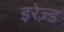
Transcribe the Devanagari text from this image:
इरेज़्ड